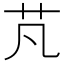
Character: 芃